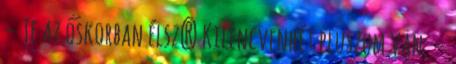
– Te az őskorban élsz? Kilencvenhét pluszom van. –